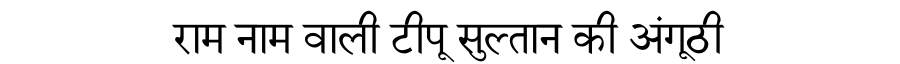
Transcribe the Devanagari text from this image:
राम नाम वाली टीपू सुल्तान की अंगूठी